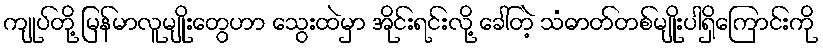
ကျုပ်တို့ မြန်မာလူမျိုးတွေဟာ သွေးထဲမှာ အိုင်းရင်းလို့ ခေါ်တဲ့ သံဓာတ်တစ်မျိုးပါရှိကြောင်းကို